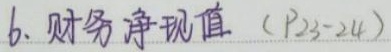
6. 财务净现值（P23 - 24）